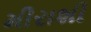
મીરાશી